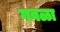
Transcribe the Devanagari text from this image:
गवळा